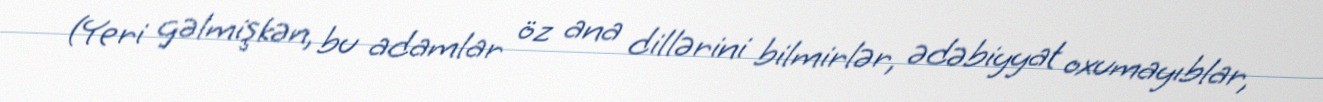
(Yeri gəlmişkən, bu adamlar öz ana dillərini bilmirlər, ədəbiyyat oxumayıblar,